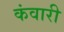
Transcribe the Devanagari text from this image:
कंवारी